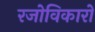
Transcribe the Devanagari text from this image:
रजोविकारों